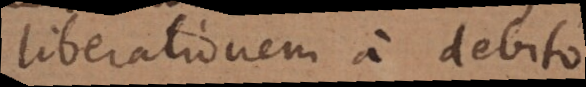
liberationem a debito